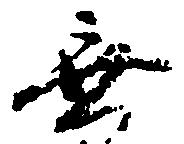
無